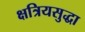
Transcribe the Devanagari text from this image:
क्षत्रियसुद्धा